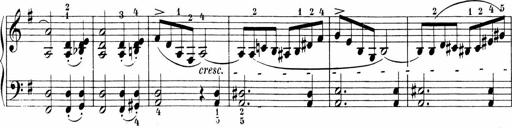
Title: Sonatinen Op.47, 98 und 136, nebst 6 Liedersonatinen
Composer: Carl Reinecke